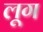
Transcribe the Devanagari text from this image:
लूग